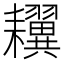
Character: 𦔫